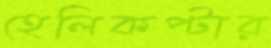
হেলিকপ্টার